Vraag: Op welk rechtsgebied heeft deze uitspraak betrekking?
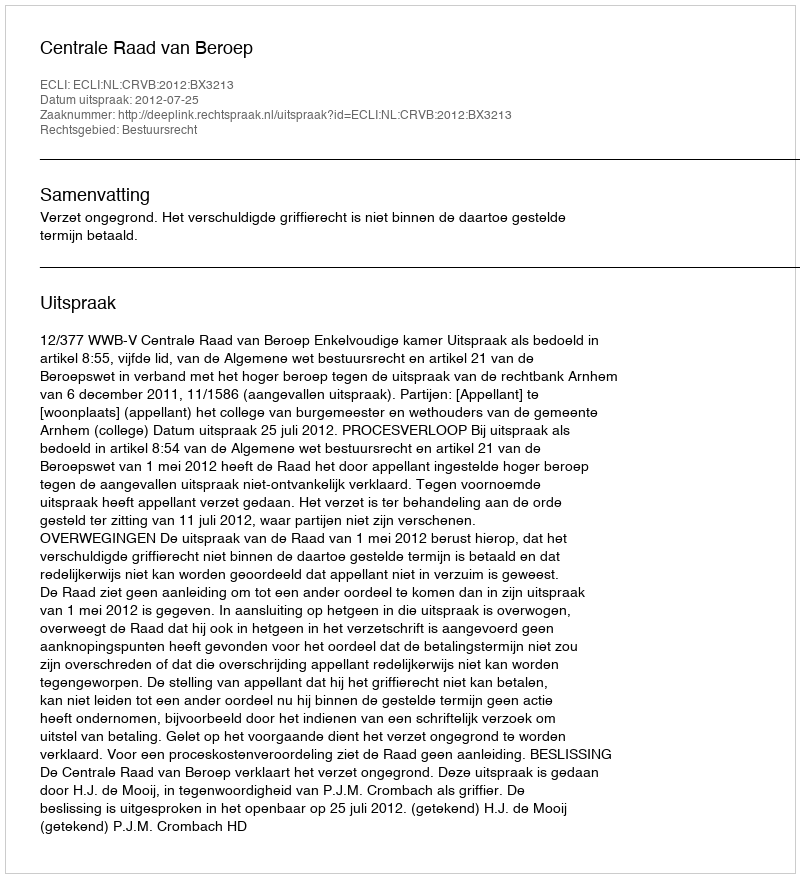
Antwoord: Bestuursrecht